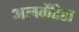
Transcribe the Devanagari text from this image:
अलकैंटेरा